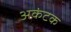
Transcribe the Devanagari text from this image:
अकंटक